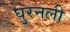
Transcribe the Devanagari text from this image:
घुरनली